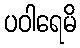
ပဝါရေမိ